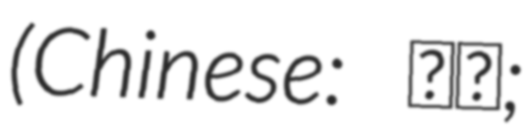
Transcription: (Chinese: 李牧;